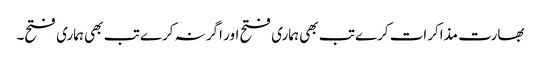
بھارت مذاکرات کرے تب بھی ہماری فتح اور اگر نہ کرے تب بھی ہماری فتح۔